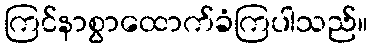
ကြင်နာစွာထောက်ခံကြပါသည်။